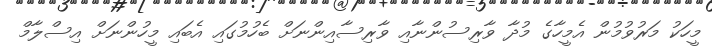
މީހަކު މަރުވުމުން އެމީހާގެ މުދާ ވާރިސުންނާއި ވާރިސާއިންނަށް ބެހުމުގައި އެބައި މީހުންނަށް އިސްލާމް